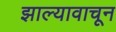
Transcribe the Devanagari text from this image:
झाल्यावाचून